Annual statistical returns and brief notes on vaccination in Bengal - 1896-1909
Year: 1896
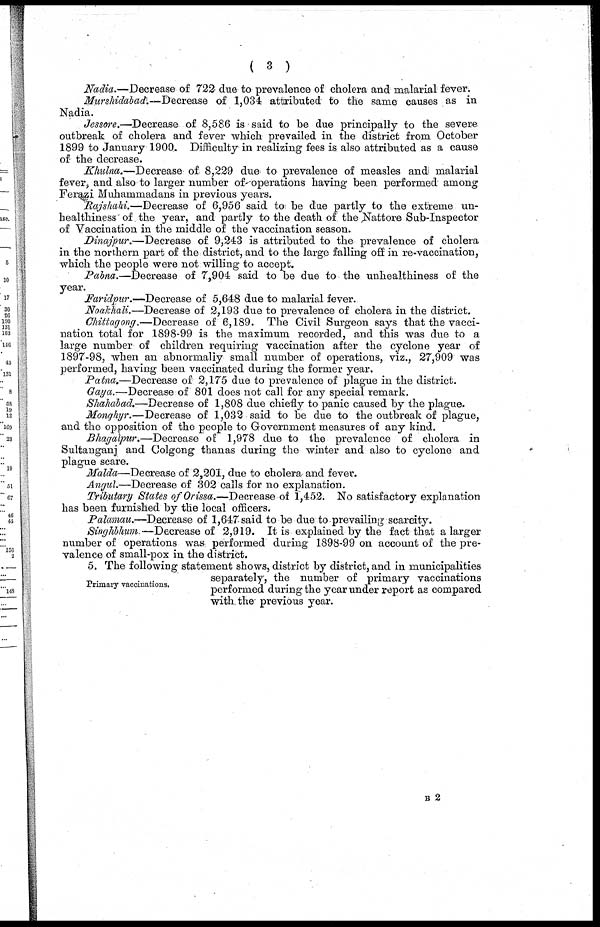
( 3 )
Nadia.—Decrease of 722 due to prevalence of cholera and malarial fever.
Murshidabad.—Decrease of 1,034 attributed to the same causes as in
Nadia.
Jessore.—Decrease of 8,586 is said to be due principally to the severe
outbreak of cholera and fever which prevailed in the district from October
1899 to January 1900. Difficulty in realizing fees is also attributed as a cause
of the decrease.
Khulna.—Decrease of 8,229 due to prevalence of measles and malarial
fever, and also to larger number of operations having been performed among
Ferazi Muhammadans in previous years.
Rajshahi.—Decrease of 6,956 said to be due partly to the extreme un-
healthiness of the year, and partly to the death of the Nattore Sub-Inspector
of Vaccination in the middle of the vaccination season.
Dinajpur.—Decrease of 9,243 is attributed to the prevalence of cholera
in the northern part of the district, and to the large falling off in re-vaccination,
which the people were not willing to accept.
Pabna.—Decrease of 7,904 said to be due to the unhealthiness of the
year.
Faridpur.—Decrease of 5,648 due to malarial fever.
Noakhali.—Decrease of 2,193 due to prevalence of cholera in the district.
Chittagong.—Decrease of 6,189. The Civil Surgeon says that the vacci-
nation total for 1898-99 is the maximum recorded, and this was due to a
large number of children requiring vaccination after the cyclone year of
1897-98, when an abnormally small number of operations, viz., 27,909 was
performed, having been vaccinated during the former year.
Patna.—Decrease of 2,175 due to prevalence of plague in the district.
Gaya.—Decrease of 801 does not call for any special remark.
Shahabad.—Decrease of 1,808 due chiefly to panic caused by the plague.
Monghyr.—Decrease of 1,032 said to be due to the outbreak of plague,
and the opposition of the people to Government measures of any kind.
Bhagalpur.—Decrease of 1,978 due to the prevalence of cholera in
Sultanganj and Colgong thanas during the winter and also to cyclone and
plague scare.
Malda—Decrease of 2,201, due to cholera and fever.
Angul.—Decrease of 302 calls for no explanation.
Tributary States of Orissa.—Decrease of 1,452. No satisfactory explanation
has been furnished by the local officers.
Palamau.—Decrease of 1,647 said to be due to prevailing scarcity.
Singhbhum.—Decrease of 2,919. It is explained by the fact that a larger
number of operations was performed during 1898-99 on account of the pre-
valence of small-pox in the district.
Primary vaccinations.
5. The following statement shows, district by district, and in municipalities
separately, the number of primary vaccinations
performed during the year under report as compared
with the previous year.
B 2